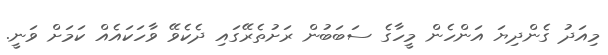
މިއަދު ގެންދިޔަ އަންހެން މީހާގެ ސަބަބުން ރަށުތެރޭގައި ދެކެވޭ ވާހަކަައެއް ކަމަށް ވަނީ.